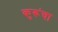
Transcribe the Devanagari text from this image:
कुरूंचा